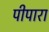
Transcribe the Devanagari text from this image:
पीपारा